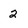
Character: 2